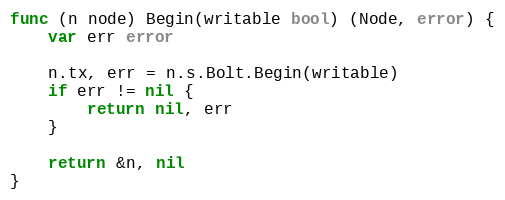
Language: Go
func (n node) Begin(writable bool) (Node, error) {
	var err error

	n.tx, err = n.s.Bolt.Begin(writable)
	if err != nil {
		return nil, err
	}

	return &n, nil
}